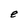
Character: e